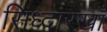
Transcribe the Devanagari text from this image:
सिध्दारखाँ